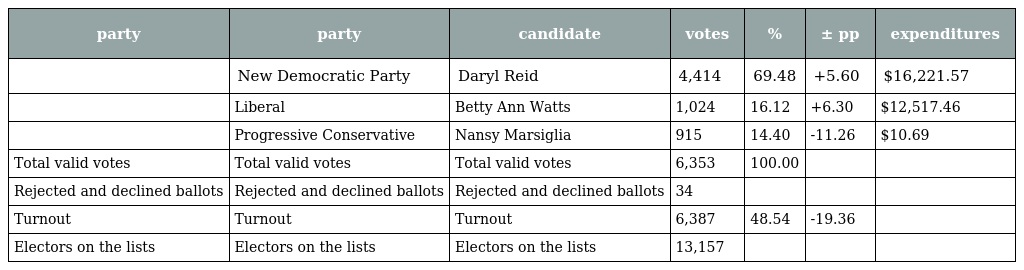
| party | party | candidate | votes | % | ± pp | expenditures |
 | --- | --- | --- | --- | --- | --- | --- |
 |  | New Democratic Party | Daryl Reid | 4,414 | 69.48 | +5.60 | $16,221.57 |
 |  | Liberal | Betty Ann Watts | 1,024 | 16.12 | +6.30 | $12,517.46 |
 |  | Progressive Conservative | Nansy Marsiglia | 915 | 14.40 | -11.26 | $10.69 |
 | Total valid votes | Total valid votes | Total valid votes | 6,353 | 100.00 |  |  |
 | Rejected and declined ballots | Rejected and declined ballots | Rejected and declined ballots | 34 |  |  |  |
 | Turnout | Turnout | Turnout | 6,387 | 48.54 | -19.36 |  |
 | Electors on the lists | Electors on the lists | Electors on the lists | 13,157 |  |  |  |